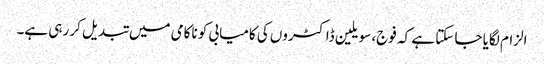
الزام لگایا جا سکتا ہے کہ فوج، سویلین ڈاکٹروں کی کامیابی کو ناکامی میں تبدیل کر رہی ہے۔